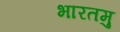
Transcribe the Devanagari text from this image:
भारतमु